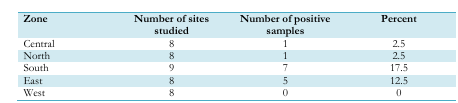
<table><thead><tr><td><b>Zone</b></td><td><b>Number of sites studied</b></td><td><b>Number of positive samples</b></td><td><b>Percent</b></td></tr></thead><tbody><tr><td>Central</td><td>8</td><td>1</td><td>2.5</td></tr><tr><td>North</td><td>8</td><td>1</td><td>2.5</td></tr><tr><td>South</td><td>9</td><td>7</td><td>17.5</td></tr><tr><td>East</td><td>8</td><td>5</td><td>12.5</td></tr><tr><td>West</td><td>8</td><td>0</td><td>0</td></tr></tbody></table>